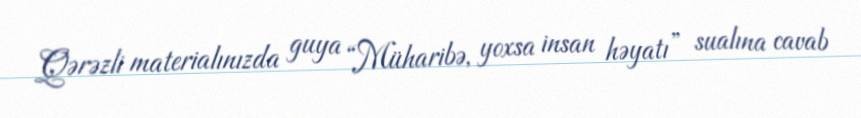
Qərəzli materialınızda guya “Müharibə, yoxsa insan həyatı” sualına cavab